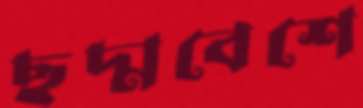
ছদ্মবেশে